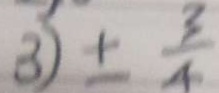
3 ) \pm \frac { 3 } { 4 }